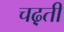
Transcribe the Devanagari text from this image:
चढ़़ती